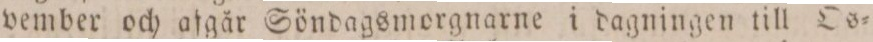
vember och afgår Söndagsmorgnarne i dagningen till Os=